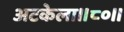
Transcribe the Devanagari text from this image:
अटकेला॥८०॥